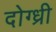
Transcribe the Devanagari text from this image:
दोग्ध्री